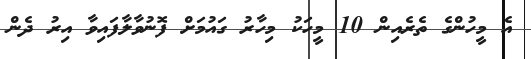
އެ މީހުންގެ ތެރެއިން 10 މީހަކު މިހާރު ގައުމަށް ފޮނުވާލާފައިވާ އިރު ދެން